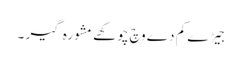
جیڑے کم دے وچ چوکھے مشورہ گیر ۔